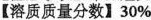
【溶质质量分数】30%